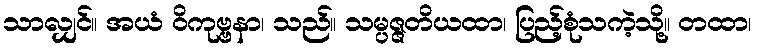
သာလျှင်။ အယံ ဝိကုဗ္ဗနာ၊ သည်။ သမ္ပဇ္ဇတိယထာ၊ ပြည့်စုံသကဲ့သို့။ တထာ၊